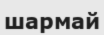
шармай